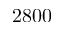
2 8 0 0